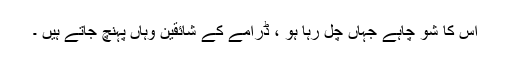
اس کا شو چاہے جہاں چل رہا ہو ، ڈرامے کے شائقین وہاں پہنچ جاتے ہیں ۔